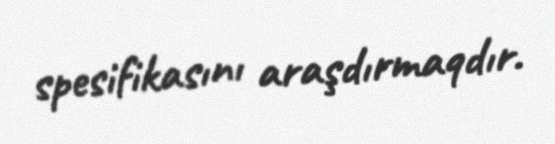
spesifikasını araşdırmaqdır.